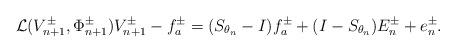
LaTeX: \begin{align*}{\mathcal L}(V^{\pm}_{n+1}, \Phi^{\pm}_{n+1})V^{\pm}_{n+1}-f_a^\pm=(S_{\theta_{n}}-I)f_a^\pm+(I-S_{\theta_{n}})E^{\pm}_{n}+e^\pm_{ n}.\end{align*}